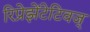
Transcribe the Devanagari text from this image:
रिप्रेझेंटेटिवज्